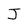
Character: J